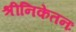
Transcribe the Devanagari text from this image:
श्रीनिकेतनः